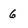
Character: 6